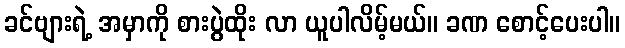
ခင်ဗျားရဲ့ အမှာကို စားပွဲထိုး လာ ယူပါလိမ့်မယ်။ ခဏ စောင့်ပေးပါ။